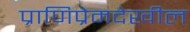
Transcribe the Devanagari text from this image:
प्राणिप्रेमदेखील